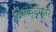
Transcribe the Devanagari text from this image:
शिष्यवृत्तीद्वारे